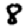
Digit: 8